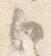
白